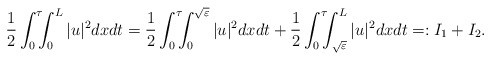
\begin{align*}\frac{1}{2}\int_0^\tau \!\!\!\int_0^L |u|^2 dxdt = \frac{1}{2}\int_0^\tau\!\!\!\int_0^{\sqrt{\varepsilon}} |u|^2 dxdt + \frac{1}{2}\int_0^\tau \!\!\! \int_{\sqrt{\varepsilon}}^L |u|^2 dxdt =:I_1 + I_2.\end{align*}